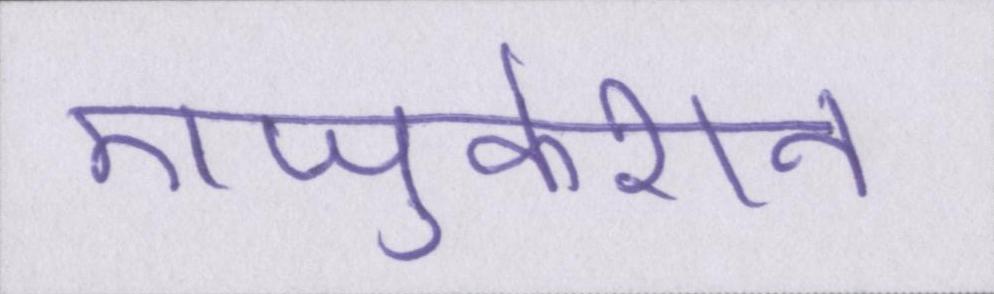
एजुकेशन